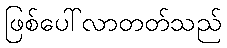
ဖြစ်ပေါ်လာတတ်သည်